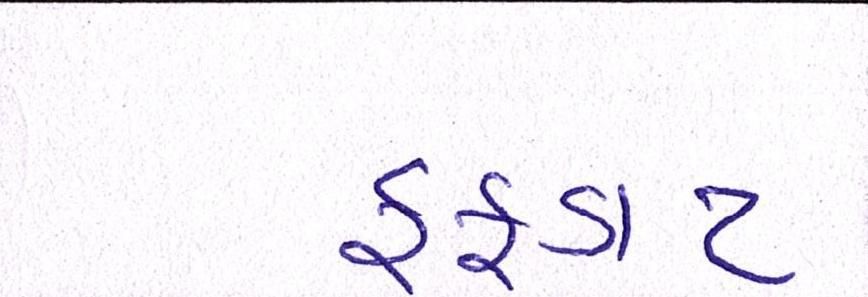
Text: ફફડાટ